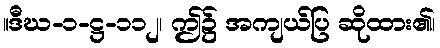
။ဒီဃ-၁-ဋ္ဌ-၁၁၂၊ ဤ၌ အကျယ်ပြ ဆိုထား၏၊